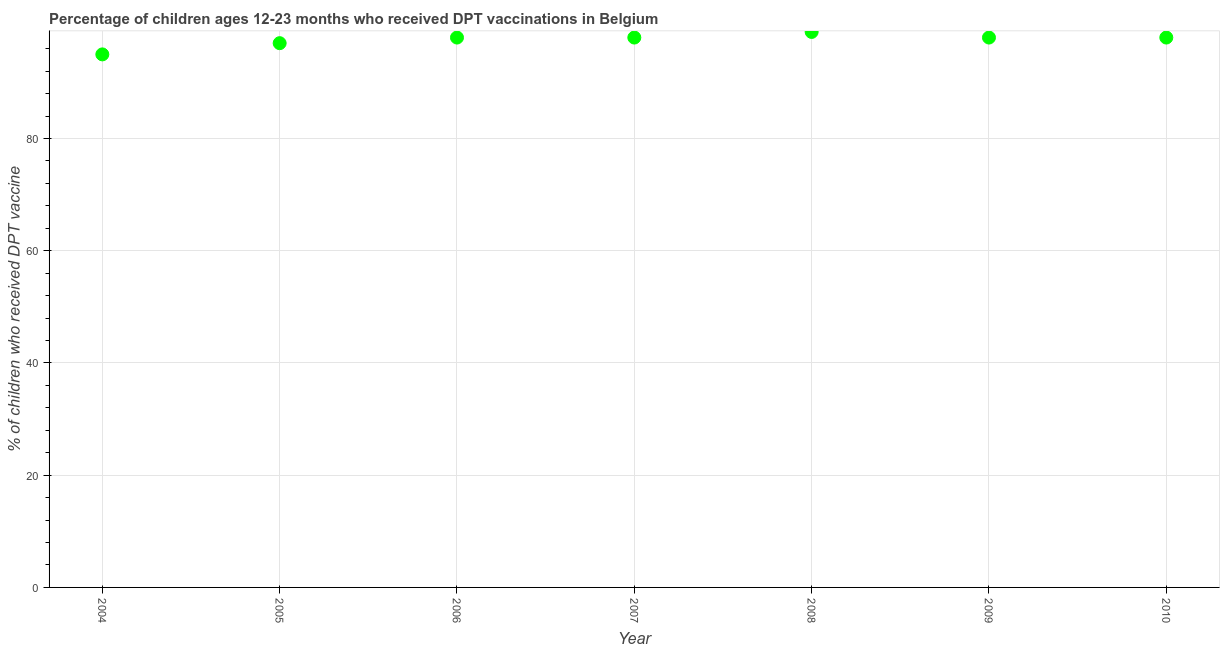
| Year | Immunization |
 | --- | --- |
 | 2004 | 95 |
 | 2005 | 97 |
 | 2006 | 98 |
 | 2007 | 98 |
 | 2008 | 99 |
 | 2009 | 98 |
 | 2010 | 98 |